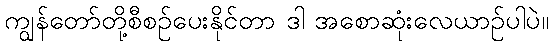
ကျွန်တော်တို့စီစဉ်ပေးနိုင်တာ ဒါ အစောဆုံးလေယာဉ်ပါပဲ။